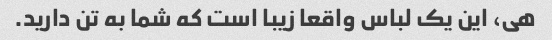
هی، این یک لباس واقعا زیبا است که شما به تن دارید.